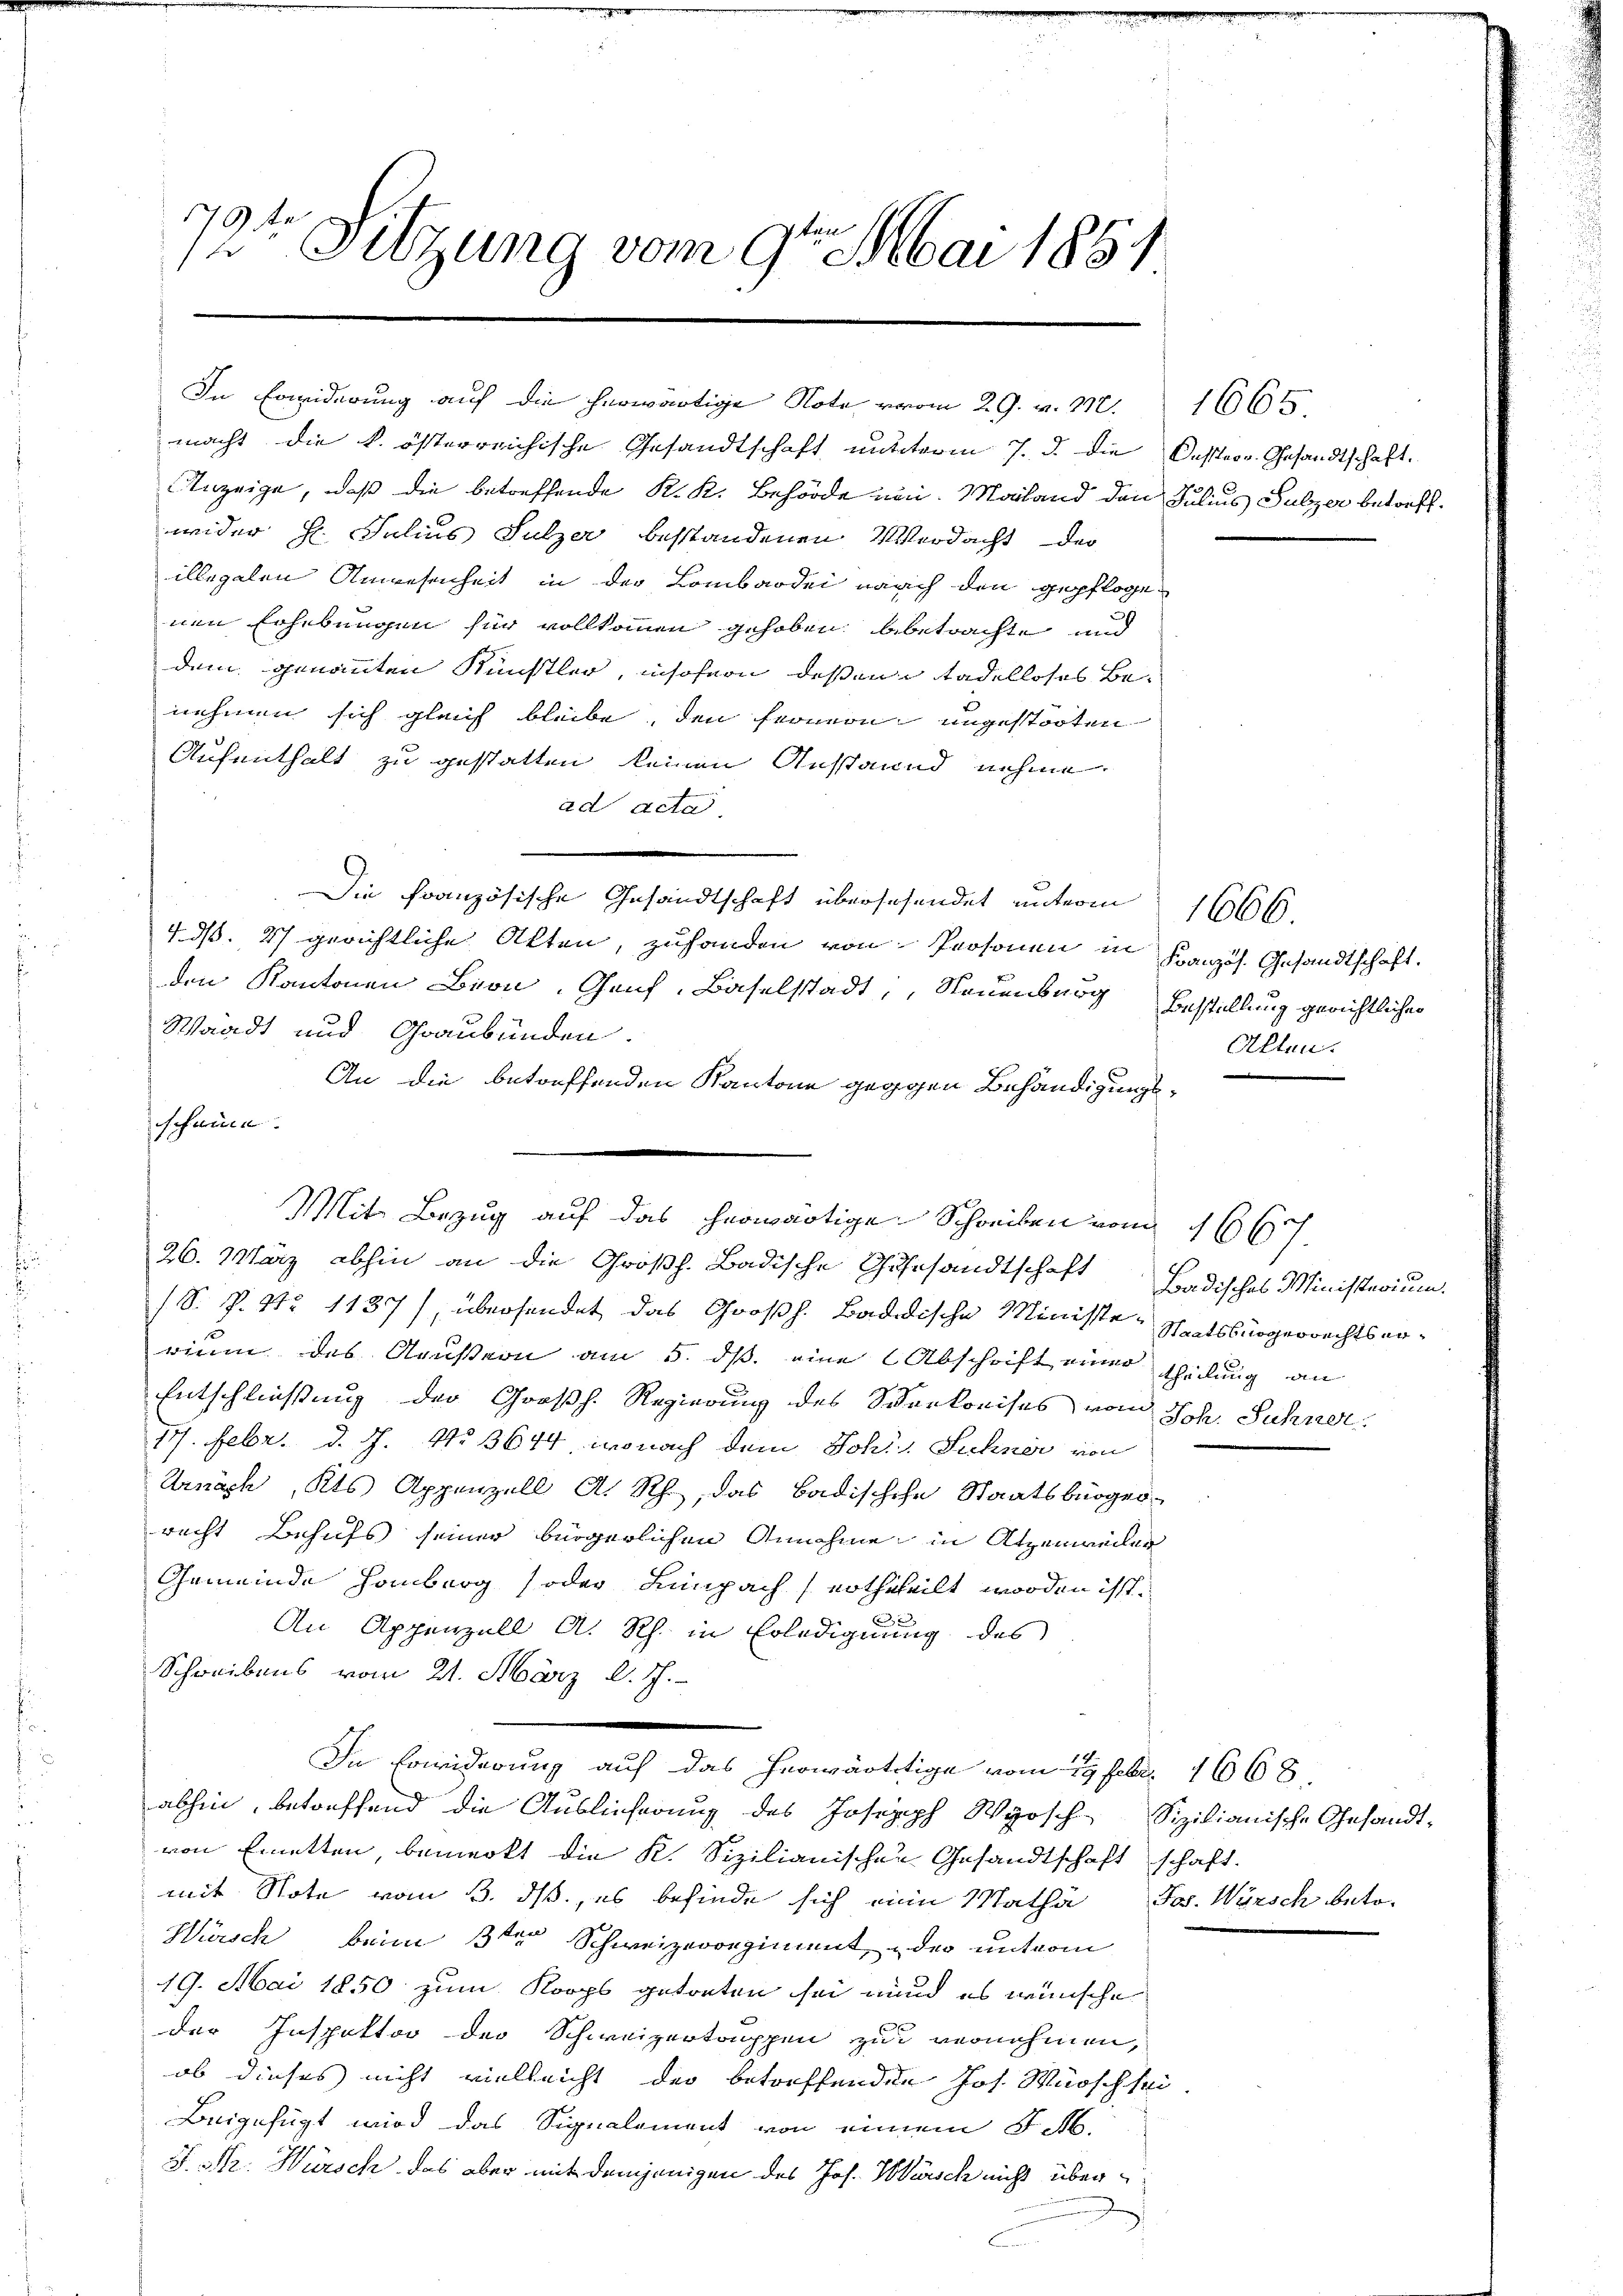
179.
12. Sitzung vom 9te͇n Mai 1851.

macht die k. österreichische Gesandtschaft nunterm 7. d. die Oestern Gesandtschaft.
Anzeige, daß die betreffende K. K. Behörde ein. Mailand den Julius Sulzer betreffwider H. Julius Sulzer bestandenen Verdacht der
illegalen Anwesenheit in der Lombardei nach den gepflogenen Erhebungen für vollkommen gehoben betrachte und
dem genannten Künstler, insofern deßen tadelloses Benehmen sich gleich bleibe, den Fronern ungestorten
Aufenthalt zu gestatten keinen Anstaund nehme.
ad acta
Die französische Gesandtschaft übersehendet unterm
7. d. 27 gerichtliche Akten, zuhanden von Personen in
den Kantonen Bron, Genf, Baselstadt, Neuenburg Erstellung gerichtlicher
Waadt und Graubünden.
An die betreffenden Kantone gegen Behändigungsscheine
26. März abhin an die Großh. Badische Gusesandtschaft Badisches Ministerium.
(S. P. 91. 1137), übersendet das Großh. Badidische Ministe Staatsbürgerrechtserrium des Aeußern am 5. ds. eine Abschrift einer theilung an
Entschließung der Großh. Regierung des Verkreises vom Sch. Sühner
177. Febr. d. J. No 3644, wonach dem Joh. Sühner von
Arnach, Kts. Appenzell A. Rh., das Badischche Staatsbürger-
recht Behufs seiner bürgerlichen Annahme in Atzenweiler
Gemeinde Homberg (oder Limpach, ertheteilt worden ist.
An Appenzell A. Rh. in Erledigung des
Schreibens vom 21. März l. J.
In Erwiderung auf das herwärtitige vom 19. Febr. 1668
abhin, betreffend die Auslieferung des Joseph Wyosch Sizilianische Gesandt-
von Einetten, bemerkt die K. Sizilianischen Gesandtschaft schaft.
mit Note vom 3. ds., es befinde sich eine Matha Jos. Wärsch beto-
Hürsch beim 3ten Schweizerregiment der unterm
19. Mai 1850 zum Korps getreten sei und es wünsche
der Inspektor der Schweizertruppen zu vernehmen,
ob dieses nicht vielleicht der betreffenden Jos. Wünsch sei
Beigefügt wird das Signalement von einem J. M.
S. M. Würsch das aber mit demjenigen des Jos. Würsch nicht über

In Erwiderung auf die herwärtige Note vom 29. v. M. 1665

Mit Bezug auf das herwärtige Schreiben von 1667.

1666.
Kranzös. Gesandtschaft.
Alten.